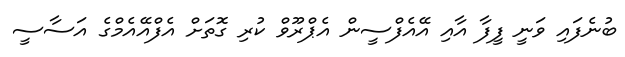
ބުނެފައި ވަނީ ފީފާ އާއި އޭއެފްސީން އެޕްރޫވް ކުރި ގޮތަށް އެފްއޭއެމްގެ އަސާސީ